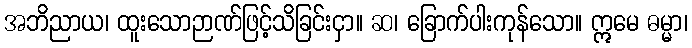
အဘိညာယ၊ ထူးသောဉာဏ်ဖြင့်သိခြင်းငှာ။ ဆ၊ ခြောက်ပါးကုန်သော။ ဣမေ ဓမ္မာ၊